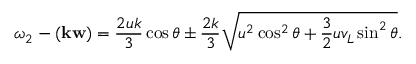
\omega _ { 2 } - ( \ensuremath { \mathbf { k } } \ensuremath { \mathbf { w } } ) = \frac { 2 u k } { 3 } \cos \theta \pm \frac { 2 k } { 3 } \sqrt { u ^ { 2 } \cos ^ { 2 } \theta + \frac { 3 } { 2 } u v _ { L } \sin ^ { 2 } \theta } .